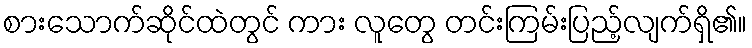
စားသောက်ဆိုင်ထဲတွင် ကား လူတွေ တင်းကြမ်းပြည့်လျက်ရှိ၏။